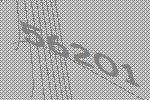
56201